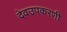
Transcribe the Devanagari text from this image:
देवउपकरणी